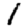
Digit: 1